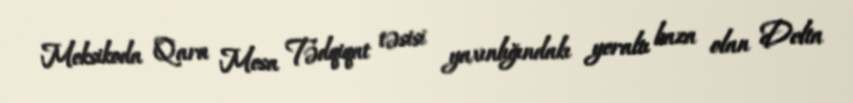
Meksikoda Qara Mesa Tədqiqat təsisi yaxınlığındakı yeraltı baza olan Delta